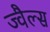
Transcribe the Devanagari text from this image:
ज्वैल्स